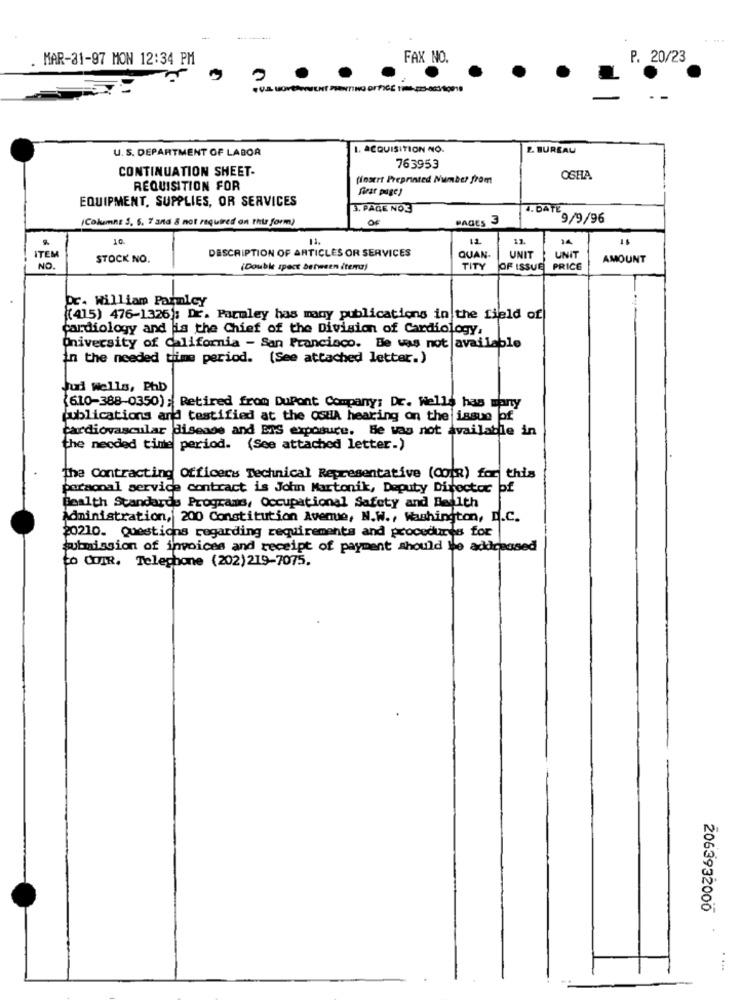
-
MAR-31-97 MON 12:34 PM
FAX NO.
P. 20/23
U. S. DEPARTMENT OF LABOR
. ACQUISITION NO.
2. BUREAU
CONTINUATION SHEET-
763953
(insert Preprinted Number from
OSHA
REQUISITION FOR
first page!
EQUIPMENT, SUPPLIES, OR SERVICES
3. PAGE NOX
4. DATE
(Columna S. 6. 7 and & not required on this form)
OF
PAGES 3
9/9/96
10
11.
14
DESCRIPTION OF ARTICLES OR SERVICES
ITEM
STOCK NO.
QUAN-
UNIT
UNIT
AMOUNT
NO.
(Double spect between itemu)
TITY
OF ISSUE
PRICE
Pc- william Parmicy
((415) 476-1326: Dr. Parmley has many publications in the field of
cardiology and is the Chief of the Division of Cardiology,
University of California - San Francisco. Be was not available
in the needed time period. (See attached letter. )
Jud wells, Phb
(610-388-0350) ; Retired from DuPont Company: Dr. Wells has many
publications and testified at the osHA hearing on the issue of
cardiovascular disease and ETS exposure. Be was not available in
the needed time period. (See attached letter.)
The Contracting Officers Technical Representative (CO(R) for this
personal service contract is Jofun Martonik, Deputy Director of
Health Standards Programs, Occupational Safety and Bedith
Administration, 200 Constitution Avenue, N.W ., Washington, D.C.
20210. Questions regarding requirements and procedures for
submission of invoices and receipt of payment should be addressed
to QUIR. Telephone (202)219-7075.
2063932000